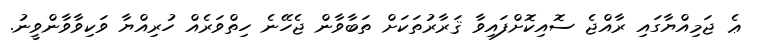
ޢެ ޖަމިއްޔާގައި ރާއްޖެ ސޮއިކޮށްފައިވާ ޤަރާރުތަކަށް ތަބާވާން ޖެހޭނެ ހިތްވަރެއް ހުރިއްޔާ ވަކިވާވާންވީނު.